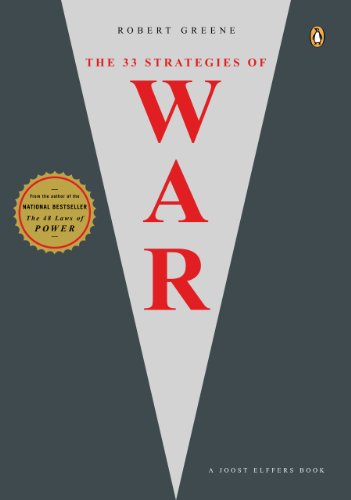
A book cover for The 33 Strategies of War (Joost Elffers Books); Robert Greene; Engineering & Transportation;